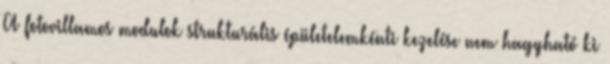
A fotovillamos modulok strukturális épületelemkénti kezelése nem hagyható ki